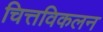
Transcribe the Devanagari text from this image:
चित्तविकलन